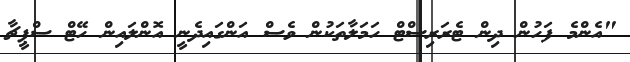
"އެންމެ ފަހުން ދިން ޓެރަރިސްޓް ހަމަލާތަކުން ވެސް އަންގައިދެނީ އޮންލައިން ހޭޓް ސްޕީޗާ